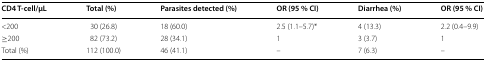
| CD4 T-cell/μL | Total (%) | Parasites detected (%) | OR (95 % CI) | Diarrhea (%) | OR (95 % CI) |
 | --- | --- | --- | --- | --- | --- |
 | <200 | 30 (26.8) | 18 (60.0) | 2.5 (1.1–5.7)* | 4 (13.3) | 2.2 (0.4–9.9) |
 | ≥200 | 82 (73.2) | 28 (34.1) | 1 | 3 (3.7) | 1 |
 | Total (%) | 112 (100.0) | 46 (41.1) | – | 7 (6.3) | – |